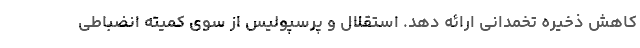
کاهش ذخیره تخمدانی ارائه دهد. استقلال و پرسپولیس از سوی کمیته انضباطی